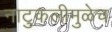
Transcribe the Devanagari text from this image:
नाटुकलीमुळेच